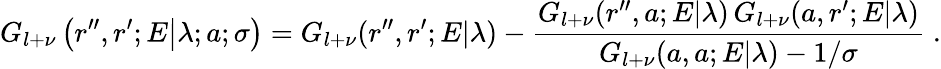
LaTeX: G_{l+\nu}\left(\left.r^{\prime\prime},r^{\prime};E\right|\lambda;a;\sigma\right)=G_{l+\nu}(r^{\prime\prime},r^{\prime};E|\lambda)-\frac{G_{l+\nu}(r^{\prime\prime},a;E|\lambda)\, G_{l+\nu}(a,r^{\prime};E|\lambda)}{G_{l+\nu}(a,a;E|\lambda)-1/\sigma}\; .